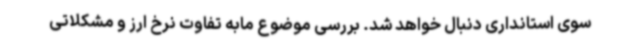
سوی استانداری دنبال خواهد شد. بررسی موضوع مابه تفاوت نرخ ارز و مشکلاتی